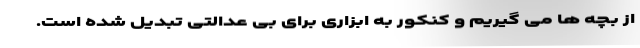
از بچه ها می گیریم و کنکور به ابزاری برای بی عدالتی تبدیل شده است.